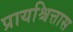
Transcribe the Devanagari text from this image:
प्रायश्चित्तास